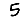
Digit: 5